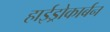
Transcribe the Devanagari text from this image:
हाईड्रोकार्बन